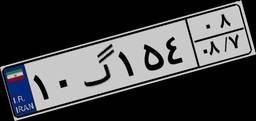
۱۰گ۱۵۴۰۸